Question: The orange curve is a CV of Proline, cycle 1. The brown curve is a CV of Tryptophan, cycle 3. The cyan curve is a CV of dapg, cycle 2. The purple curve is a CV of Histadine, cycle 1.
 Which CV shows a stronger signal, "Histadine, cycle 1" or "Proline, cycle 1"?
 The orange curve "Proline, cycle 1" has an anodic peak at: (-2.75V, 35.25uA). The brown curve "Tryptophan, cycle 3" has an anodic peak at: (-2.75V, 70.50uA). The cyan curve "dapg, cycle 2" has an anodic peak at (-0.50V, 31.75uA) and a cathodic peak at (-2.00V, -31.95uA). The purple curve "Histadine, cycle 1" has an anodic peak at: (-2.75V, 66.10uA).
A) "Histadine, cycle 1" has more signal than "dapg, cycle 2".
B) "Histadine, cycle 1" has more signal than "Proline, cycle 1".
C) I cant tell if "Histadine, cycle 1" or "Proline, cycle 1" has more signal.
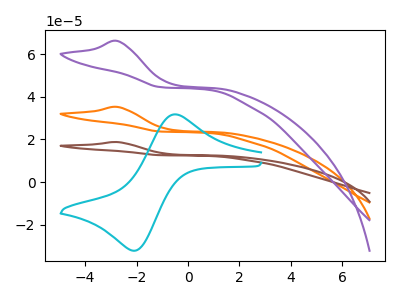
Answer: <think>All the peaks in "Histadine, cycle 1" have a peak in "Proline, cycle 1" at the same potential. Every peak in "Histadine, cycle 1" is higher than every peak in "Proline, cycle 1".
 </think>
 <answer>B) "Histadine, cycle 1" has more signal than "Proline, cycle 1".</answer>
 <eval>B</eval>